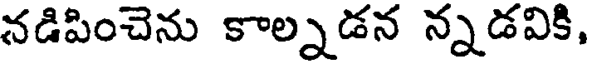
నడిపించెను కాల్నడన న్నడవికి,